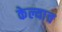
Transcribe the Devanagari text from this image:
केल्याच